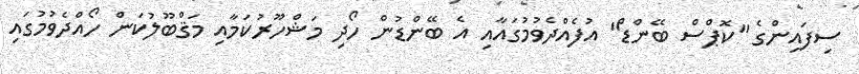
ސިފައިންގެ "ކޮޕްސް ބޭންޑް" އުފެއްދެވުމުގައާއި އެ ބޭންޑުން ހޯދި މަޝްހޫރުކަމާއި މަޤްބޫލުކަން ހޯއްދެވުމުގައި